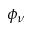
\phi _ { \nu }